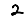
Digit: 2